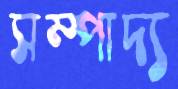
সম্পাদ্য